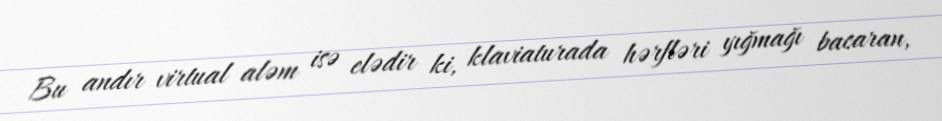
Bu andır virtual aləm isə elədir ki, klaviaturada hərfləri yığmağı bacaran,